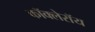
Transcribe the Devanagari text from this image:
कॉक्लेरॉय